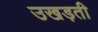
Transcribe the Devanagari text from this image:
उखड़ती